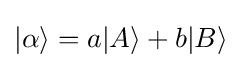
|\alpha \rangle =a|A\rangle +b|B\rangle